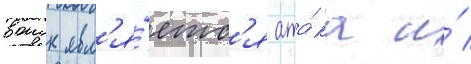
воиск явл'я́етс'я ата́ка и́